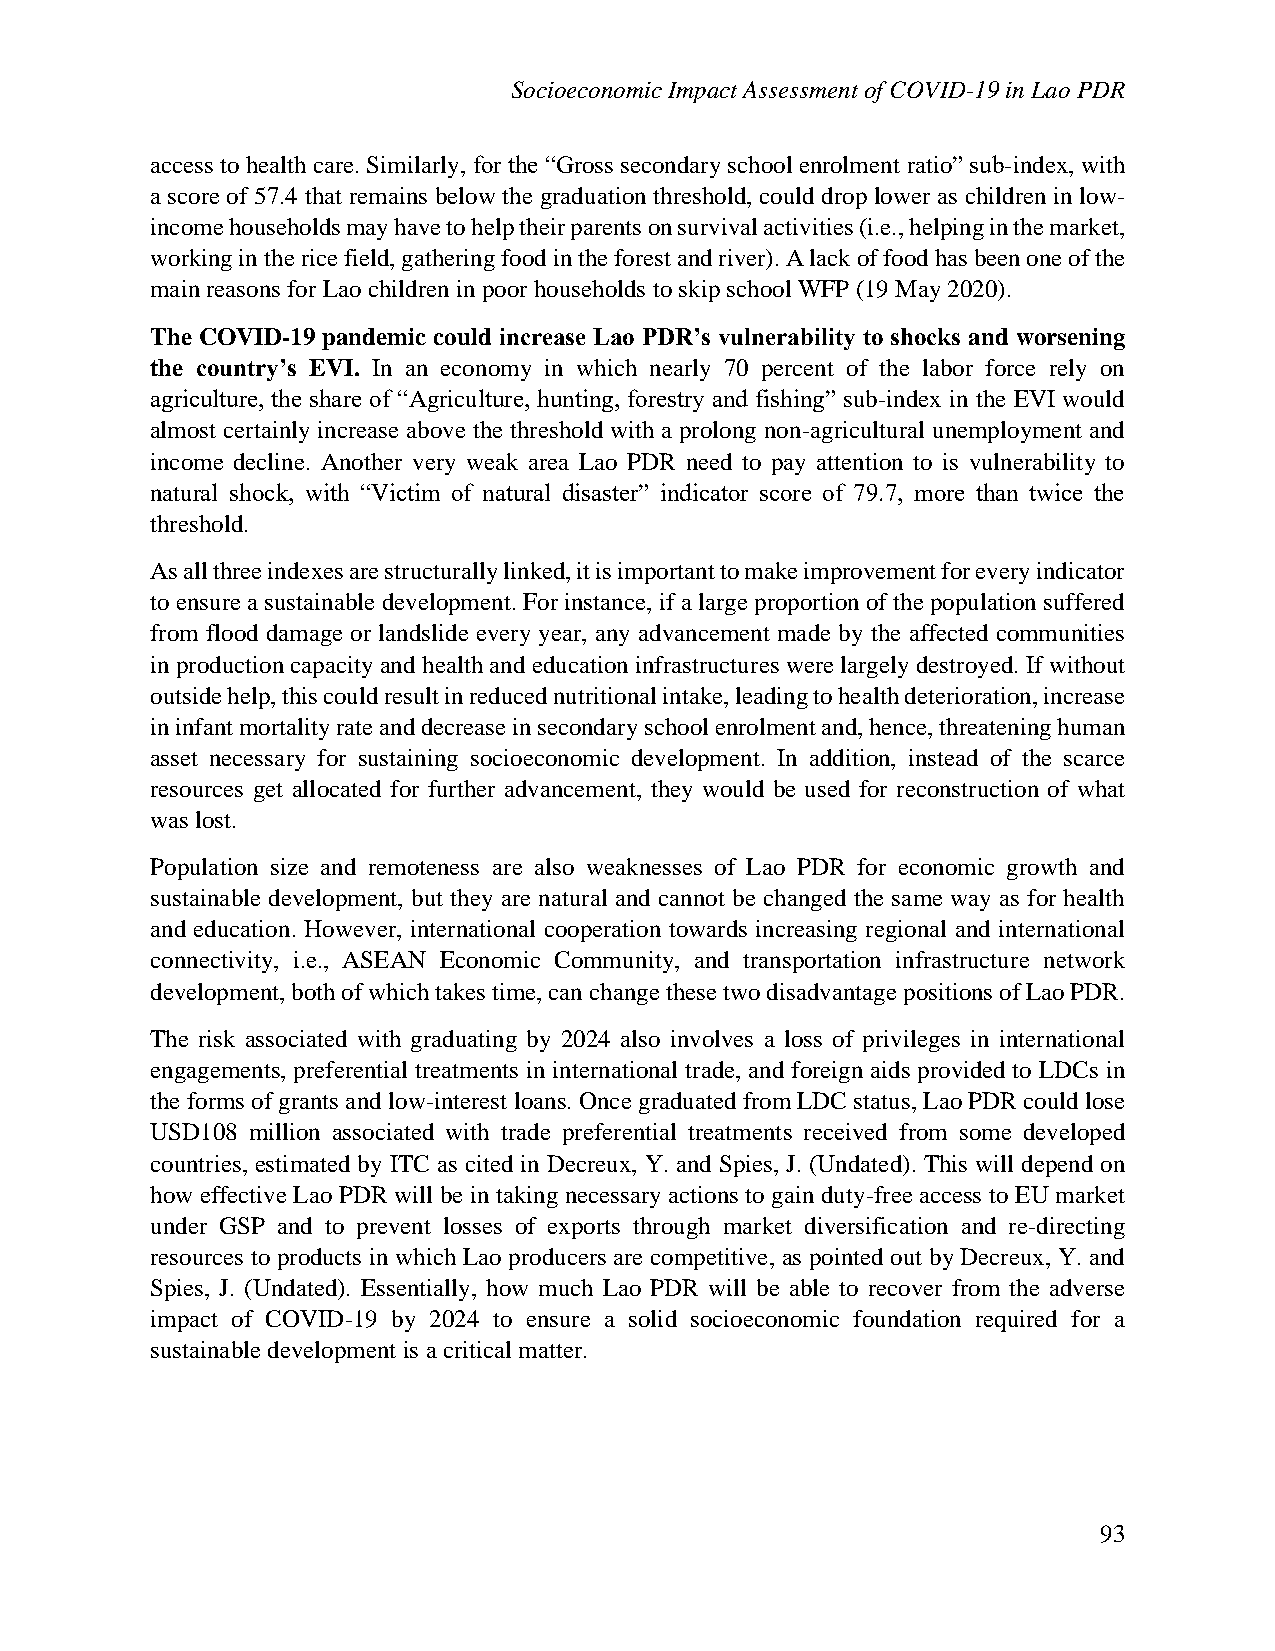
Socioeconomic Impact Assessment of COVID-19 in Lao PDR
 access to health care. Similarly, for the “Gross secondary school enrolment ratio” sub-index, with
 a score of 57.4 that remains below the graduation threshold, could drop lower as children in low-
 income households may have to help their parents on survival activities (i.e., helping in the market,
 working in the rice field, gathering food in the forest and river). A lack of food has been one of the
 main reasons for Lao children in poor households to skip school WFP (19 May 2020).
 The COVID-19 pandemic could increase Lao PDR’s vulnerability to shocks and worsening
 the country’s EVI. In an economy in which nearly 70 percent of the labor force rely on
 agriculture, the share of “Agriculture, hunting, forestry and fishing” sub-index in the EVI would
 almost certainly increase above the threshold with a prolong non-agricultural unemployment and
 income decline. Another very weak area Lao PDR need to pay attention to is vulnerability to
 natural shock, with “Victim of natural disaster” indicator score of 79.7, more than twice the
 threshold.
 As all three indexes are structurally linked, it is important to make improvement for every indicator
 to ensure a sustainable development. For instance, if a large proportion of the population suffered
 from flood damage or landslide every year, any advancement made by the affected communities
 in production capacity and health and education infrastructures were largely destroyed. If without
 outside help, this could result in reduced nutritional intake, leading to health deterioration, increase
 in infant mortality rate and decrease in secondary school enrolment and, hence, threatening human
 asset necessary for sustaining socioeconomic development. In addition, instead of the scarce
 resources get allocated for further advancement, they would be used for reconstruction of what
 was lost.
 Population size and remoteness are also weaknesses of Lao PDR for economic growth and
 sustainable development, but they are natural and cannot be changed the same way as for health
 and education. However, international cooperation towards increasing regional and international
 connectivity, i.e., ASEAN Economic Community, and transportation infrastructure network
 development, both of which takes time, can change these two disadvantage positions of Lao PDR.
 The risk associated with graduating by 2024 also involves a loss of privileges in international
 engagements, preferential treatments in international trade, and foreign aids provided to LDCs in
 the forms of grants and low-interest loans. Once graduated from LDC status, Lao PDR could lose
 USD108 million associated with trade preferential treatments received from some developed
 countries, estimated by ITC as cited in Decreux, Y. and Spies, J. (Undated). This will depend on
 how effective Lao PDR will be in taking necessary actions to gain duty-free access to EU market
 under GSP and to prevent losses of exports through market diversification and re-directing
 resources to products in which Lao producers are competitive, as pointed out by Decreux, Y. and
 Spies, J. (Undated). Essentially, how much Lao PDR will be able to recover from the adverse
 impact of COVID-19 by 2024 to ensure a solid socioeconomic foundation required for a
 sustainable development is a critical matter.
 93